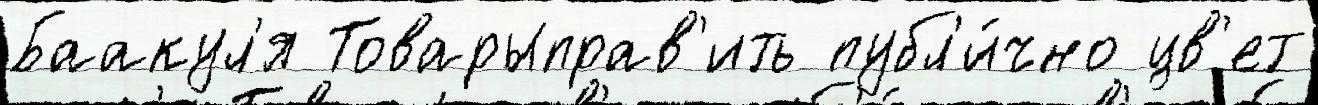
Баакул'я Товарыправ'ить публ'и́чно цв'ет